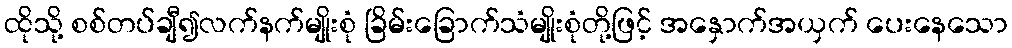
ထိုသို့ စစ်တပ်ချီ၍လက်နက်မျိုးစုံ ခြိမ်းခြောက်သံမျိုးစုံတို့ဖြင့် အနှောက်အယှက် ပေးနေသော